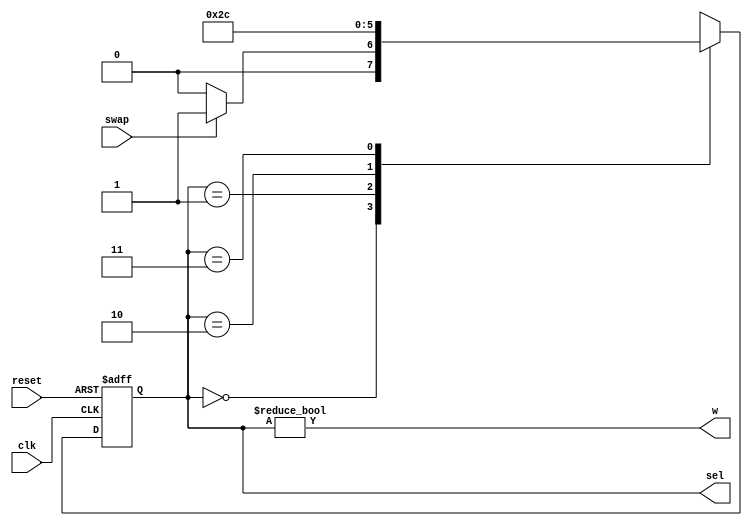
module swap_FSM(
  input clk,
  input reset,swap,
  output w,
  output [1:0] sel
  );
  
  reg [1:0] state_reg ,state_next;
  parameter s0=0;
  parameter s1=1;
  parameter s2=2;
  parameter s3=3;
  //state register
  
  always @(posedge clk , negedge reset)
  begin
          if(~reset)
          state_reg <= s0;
          
          else
          state_reg <= state_next;
  
  end
  //next state 
  always@(*)
  begin
           state_next = state_reg;
                 case(state_next)
                      s0: if(~swap)
                            state_next = s0;
                            else
                            state_next = s1;                       
                      s1: state_next = s2;
                      s2: state_next = s3;
                      s3: state_next = s0;     
                 default: state_next = s0;          
              endcase
  end
  
  //output
  assign sel=  state_reg ;
  assign w = { state_reg != s0};
  
endmodule